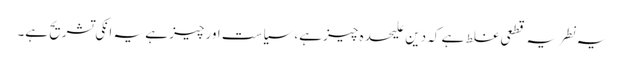
یہ نطریہ قطعی غلط ہے کہ دین علیحدہ چیز ہے، سیاست اور چیز ہے یہ انکی تشریح ہے۔